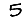
Digit: 5